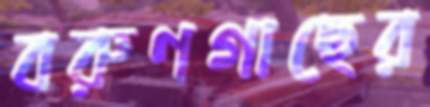
বরুণগাছের